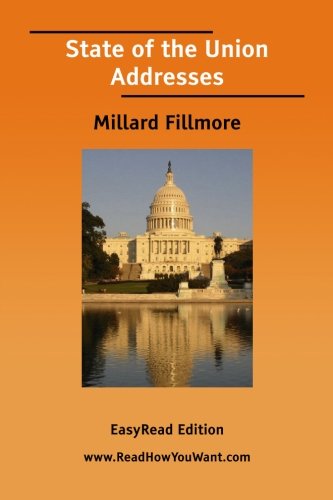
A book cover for State of the Union Addresses (Millard Fillmore); Millard Fillmore; Crafts, Hobbies & Home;